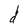
Character: d